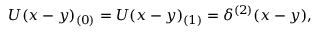
U ( x - y ) _ { ( 0 ) } = U ( x - y ) _ { ( 1 ) } = \delta ^ { ( 2 ) } ( x - y ) ,